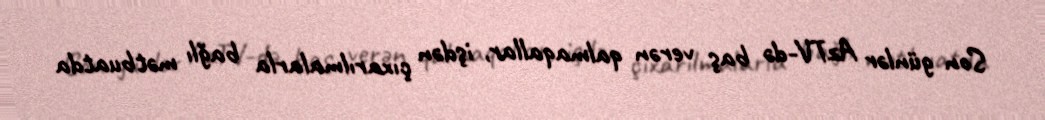
Son günlər AzTV-də baş verən qalmaqallar, işdən çıxarılmalarla bağlı mətbuatda